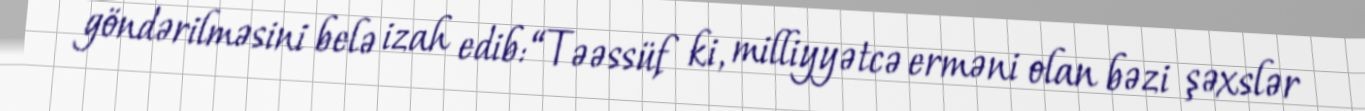
göndərilməsini belə izah edib: “Təəssüf ki, milliyyətcə erməni olan bəzi şəxslər